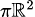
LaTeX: \scriptstyle\pi\mathbb{R}^{2}